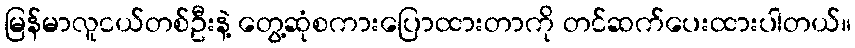
မြန်မာလူငယ်တစ်ဦးနဲ့ တွေ့ဆုံစကားပြောထားတာကို တင်ဆက်ပေးထားပါတယ်။